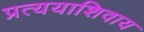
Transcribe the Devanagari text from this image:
प्रत्ययाशिवाय